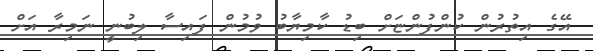
އޭގެ އިތުރުން ކުންފުންޏަށް ބިޑު ކާމިޔާބު ވުމުން ފައިސާ ލިބުނީ ނަމިރާ އަށް